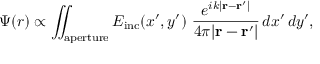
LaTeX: \Psi ( r ) \propto \iint _ { \mathrm { a p e r t u r e } } E _ { \mathrm { i n c } } ( x ^ { \prime } , y ^ { \prime } ) ~ { \frac { e ^ { i k | \mathbf { r } - \mathbf { r } ^ { \prime } | } } { 4 \pi | \mathbf { r } - \mathbf { r } ^ { \prime } | } } \, d x ^ { \prime } \, d y ^ { \prime } ,